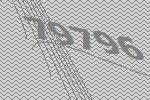
79796